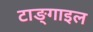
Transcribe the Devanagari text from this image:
टाङ्गाइल